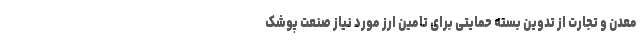
معدن و تجارت از تدوین بسته حمایتی برای تامین ارز مورد نیاز صنعت پوشک